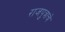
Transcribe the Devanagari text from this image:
राजपुत्राचे